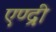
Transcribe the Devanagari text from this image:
एण्द्री